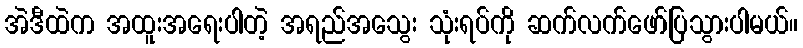
အဲဒီထဲက အထူးအရေးပါတဲ့ အရည်အသွေး သုံးရပ်ကို ဆက်လက်ဖော်ပြသွားပါမယ်။